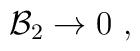
{\cal B}_2 \rightarrow 0 \ ,